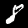
Digit: 8